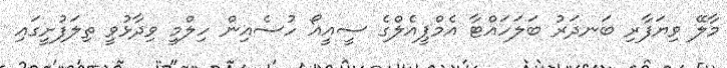
މާލޭ ވިޔަފާރި ބަނދަރު ބަލަހައްޓާ އެމްޕީއެލްގެ ސީއީއޯ ހުސެއިން ހިލްމީ ވިދާޅުވީ ތިލަފުށީގައި